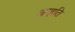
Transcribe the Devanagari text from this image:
अप्ह्रति